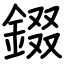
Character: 錣